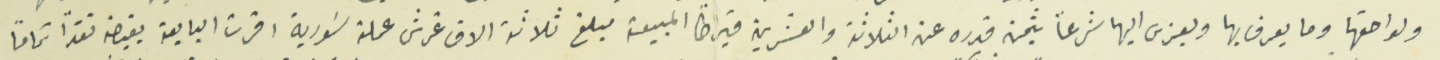
ولواحقها وما يعرف بها ويعزى اليها شرعاً بثمن قدره عن الثلاثة والعشرين قيراطاً المبيعة مبلغ ثلاثة الاف غرش عملة سَورية اقرت البايعة بقبضه نقداً تماماً